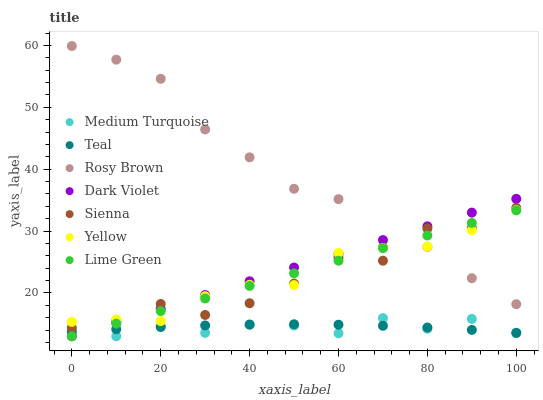
| xaxis_label | Medium Turquoise | Teal | Rosy Brown | Dark Violet | Sienna | Yellow | Lime Green |
 | --- | --- | --- | --- | --- | --- | --- | --- |
 | 0 | 14 | 13.7 | 59.9 | 13 | 14.4 | 15.3 | 13 |
 | 10 | 13 | 14.1 | 57.7 | 15.2 | 15.5 | 15.7 | 15 |
 | 20 | 14.6 | 14.5 | 54.6 | 17.4 | 18.2 | 15.4 | 17.1 |
 | 30 | 13.5 | 14.8 | 46.4 | 19.7 | 16.4 | 19.5 | 19.1 |
 | 40 | 14.9 | 14.9 | 41.9 | 21.9 | 18.3 | 21.3 | 21.1 |
 | 50 | 14.7 | 14.9 | 36.8 | 24.1 | 21.5 | 21.3 | 23.2 |
 | 60 | 13.5 | 14.9 | 35.2 | 26.3 | 25.7 | 26.5 | 25.2 |
 | 70 | 15.9 | 14.7 | 27.4 | 28.5 | 25.2 | 27.3 | 27.2 |
 | 80 | 14.2 | 14.4 | 27.5 | 30.8 | 30.4 | 27.5 | 29.3 |
 | 90 | 15.8 | 14 | 22.4 | 33 | 30.5 | 30.1 | 31.3 |
 | 100 | 13.6 | 13.5 | 18.2 | 35.2 | 33.7 | 33.4 | 33.4 |